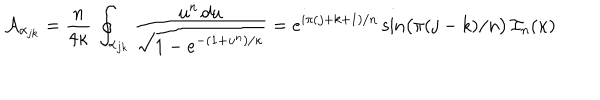
{ \cal A } _ { \alpha _ { j k } } = { \frac { n } { 4 \kappa } } \, \oint _ { \alpha _ { j k } } { \frac { \displaystyle u ^ { n } \, d u } { \displaystyle \sqrt { 1 - e ^ { - ( 1 + u ^ { n } ) / \kappa } } } } = e ^ { i \pi ( j + k + 1 ) / n } \sin \bigl ( \pi ( j - k ) / n \bigr ) \, { \cal I } _ { n } ( \kappa )